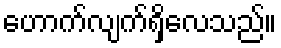
ဟောက်လျက်ရှိလေသည်။